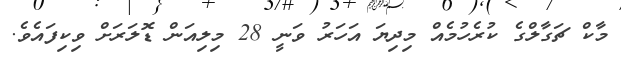
މާކް ޗަގާލްގެ ކުރެހުމެއް މިދިޔަ އަހަރު ވަނީ 28 މިލިއަން ޑޮލަރަށް ވިކިފައެވެ.